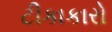
ટીકાકારો